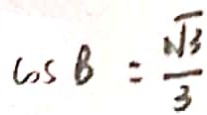
\cos B = \frac { \sqrt { 3 } } { 3 }